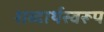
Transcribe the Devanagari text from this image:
शब्दार्थस्वरूप